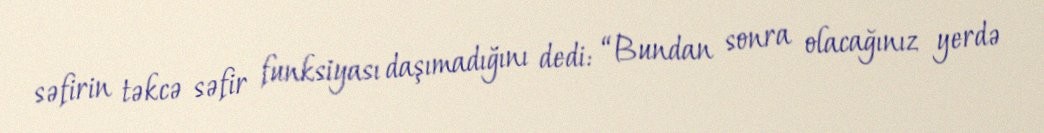
səfirin təkcə səfir funksiyası daşımadığını dedi: “Bundan sonra olacağınız yerdə